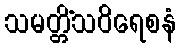
သမတ္တိံသဝိရေစနံ